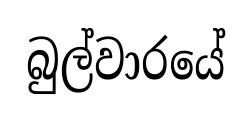
බුල්වාරයේ